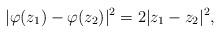
LaTeX: \begin{align*}|\varphi(z_1) - \varphi(z_2)|^2 = 2|z_1 - z_2|^2,\end{align*}